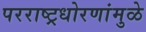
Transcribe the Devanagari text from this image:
परराष्ट्रधोरणांमुळे